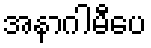
အနာဂါမီပေ